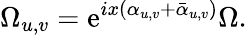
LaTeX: \Omega_{u,v}=\mathrm{e}^{ix(\alpha_{u,v}+\bar{{\alpha}}_{u,v})}\Omega.